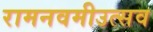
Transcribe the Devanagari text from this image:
रामनवमीउत्सव